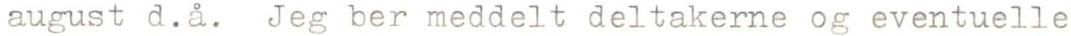
 august d.å. Jeg ber meddelt deltakerne og eventuelle